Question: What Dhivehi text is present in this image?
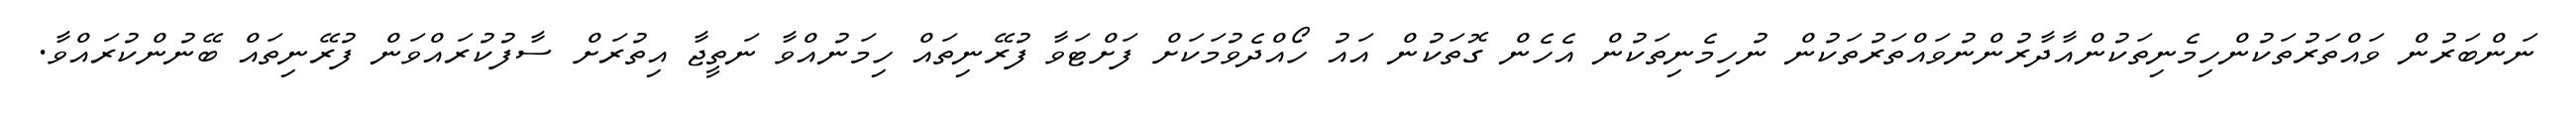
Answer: ނަންބަރުން ވައްތަރުތަކުންހިމެނިތަކުންއާދާރުންނުވައްތަރުތަކުން ނުހިމެނިތަކުން އެހެން ގޮތަކުން އައު ހޯއްދެވުމަކަށް ފަށްޓަވާ ފުރޭނިތައް ހިމަނުއްވާ ނަތީޖާ އިތުރަށް ސާފުކުރައްވަން ފުރޭނިތައް ބޭނުންކުރައްވާ.